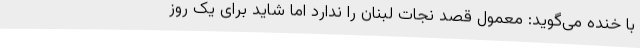
با خنده می‌گوید: معمول قصد نجات لبنان را ندارد اما شاید برای یک روز